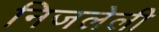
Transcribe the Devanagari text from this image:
निजलेली